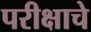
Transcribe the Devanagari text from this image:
परीक्षाचे